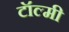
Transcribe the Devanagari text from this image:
टॉल्मी